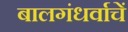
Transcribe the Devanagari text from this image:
बालगंधर्वाचें